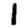
Digit: 1